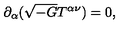
\partial _ { \alpha } ( \sqrt { - G } T ^ { \alpha \nu } ) = 0 ,